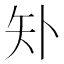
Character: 𰦓